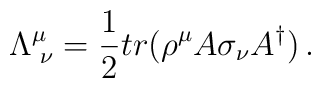
\Lambda ^{\mu}_{\,\,\nu} =\frac{1}{2} tr (\rho^{\mu} A \sigma_{\nu} A^{\dagger})\,.